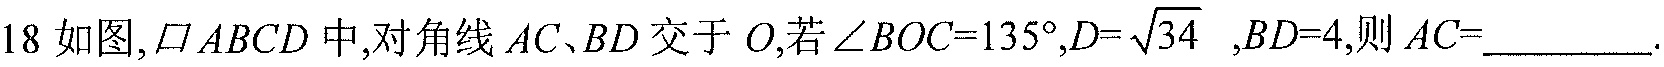
18.如图, \(\square ABCD\)中,对角线\(AC、BD\)交于\(O\),若\(\angle BOC = 135^{\circ}\),\(CD = \sqrt{34}\) ,\(BD = 4\),则\(AC =\)________.